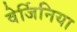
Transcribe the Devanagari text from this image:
वेर्जिनिया